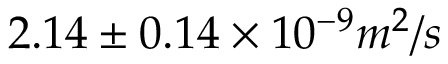
2 . 1 4 \pm 0 . 1 4 \times 1 0 ^ { - 9 } m ^ { 2 } / s